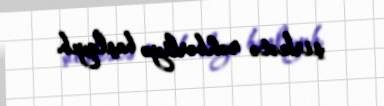
şirkətə rəhbərliyə başlayıb.